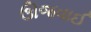
ઊજવાઈ